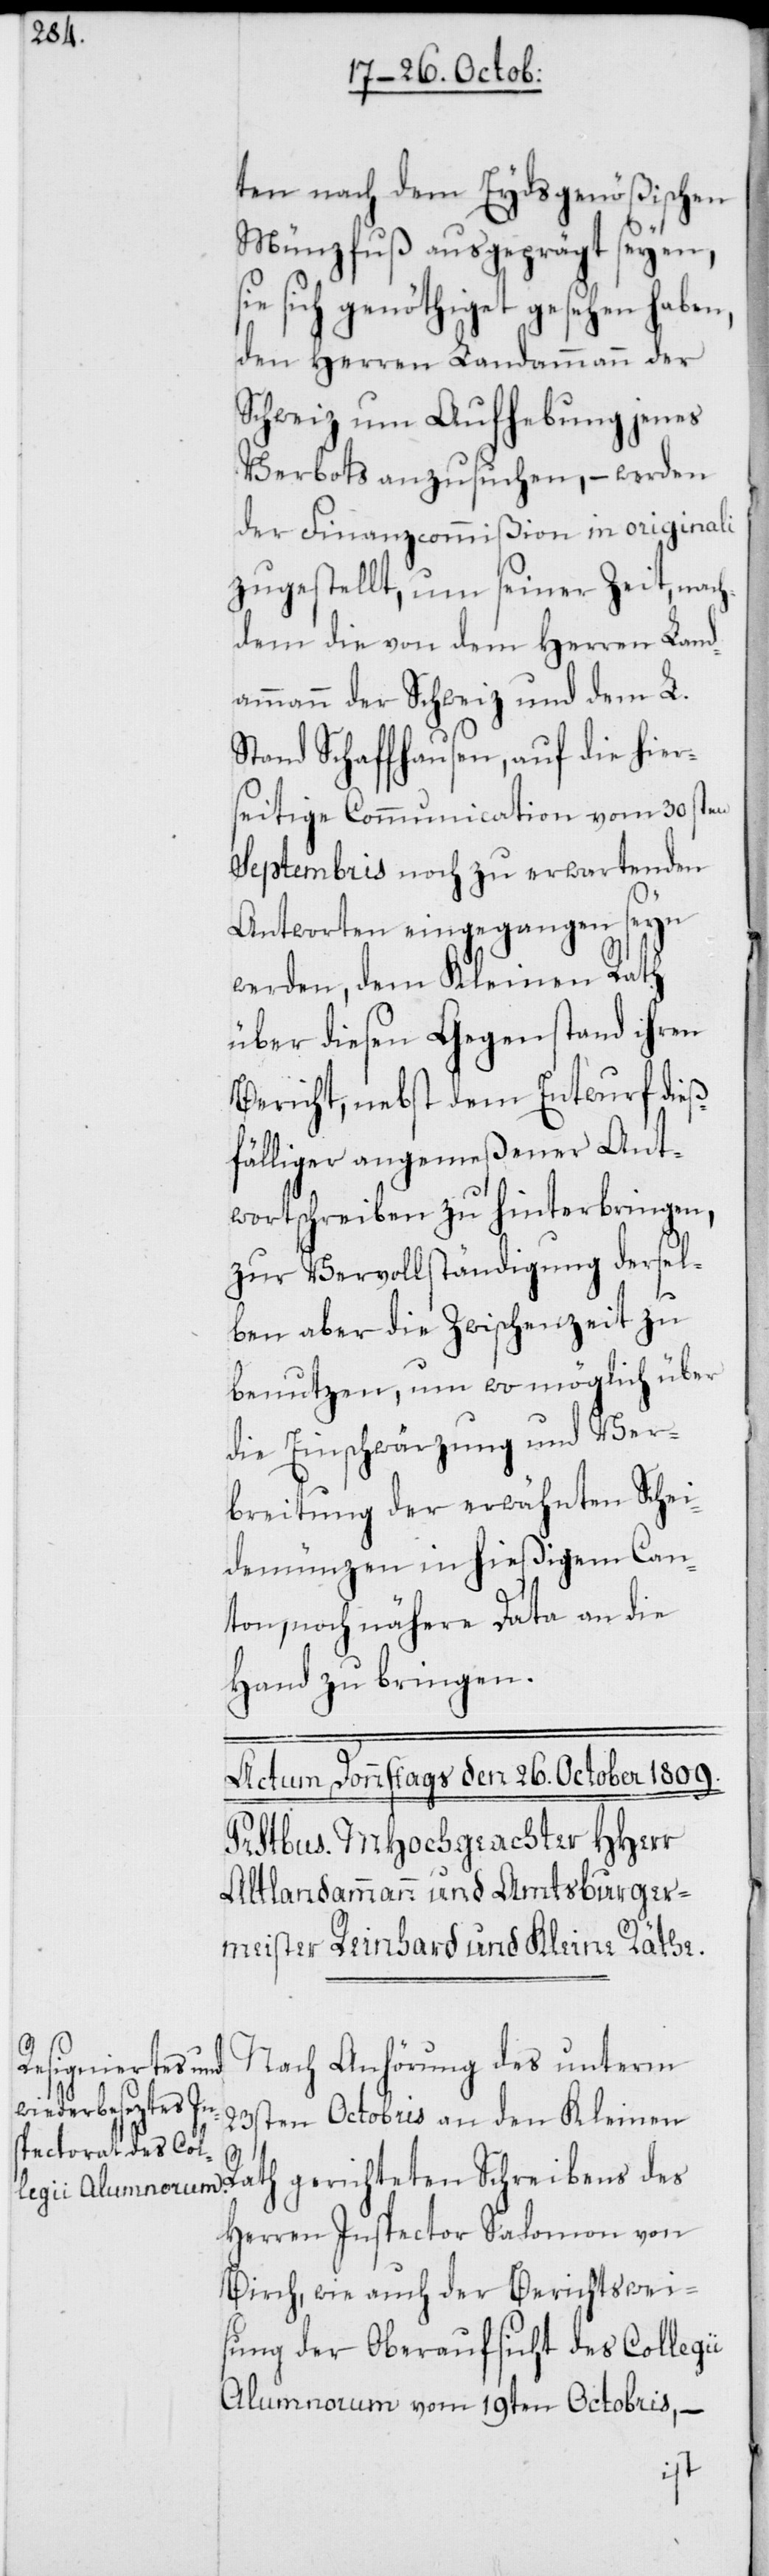
ten nach dem Eydsgenößischen
Münzfuß ausgeprägt seyen,
sich genöthiget gesehen haben,
den Herren Landammann der
Schweiz um Aufhebung jenes
Verbots anzusuchen, – werden
der Finanzcommißion in originali
zugestellt, um seiner Zeit, nach¬
dem die von dem Herren Land¬
ammann der Schweiz und dem L.
Stand Schaffhausen, auf die hier¬
seitige Communication vom 30sten
Septembris noch zu erwartenden
Antworten eingegangen seyn
werden, dem Kleinen Rath
über diesen Gegenstand ihren
Bericht, nebst dem Entwurf dieß¬
fälliger angemeßener Ant¬
wortschreiben zu hinterbringen,
zur Vervollständigung dersel¬
ben aber die Zwischenzeit zu
benutzen, um womöglich über
die Einschwärzung und Ver¬
breitung der erwähnten Schei¬
demünzen in hießigem Can¬
ton, noch nähere Data an die
Hand zu bringen.
Nach Anhörung des unterm
23sten Octobris an den Kleinen
Rath gerichteten Schreibens des
Herren Inspector Salomon von
Birch, wie auch der Berichtswei¬
sung der Oberaufsicht des Collegi¬
i Alumnorum vom 19ten Octobris, –